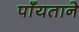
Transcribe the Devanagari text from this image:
पाँयताने